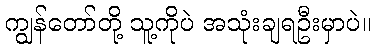
ကျွန်တော်တို့ သူ့ကိုပဲ အသုံးချရဦးမှာပဲ။